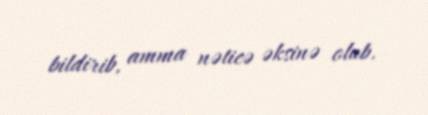
bildirib, amma nəticə əksinə olub.